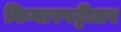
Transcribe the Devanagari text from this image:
किनारपट्टीलर